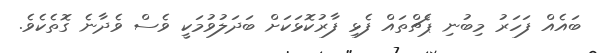
ބައެއް ފަހަރު މިބުނި ޕެޗްތައް ފެޅި ފާރުކޮޅަކަށް ބަދަލުވުމަކީ ވެސް ވެދާނެ ގޮތެކެވެ.